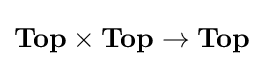
\mathbf {Top} \times \mathbf {Top} \to \mathbf {Top}